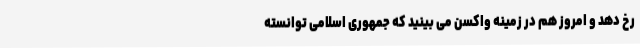
رخ دهد و امروز هم در زمینه واکسن می ‌بینید که جمهوری اسلامی توانسته